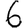
Digit: 6